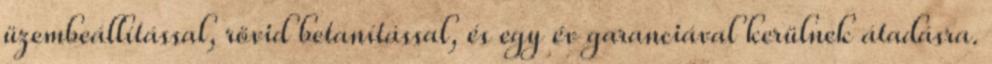
üzembeállítással, rövid betanítással, és egy év garanciával kerülnek átadásra.